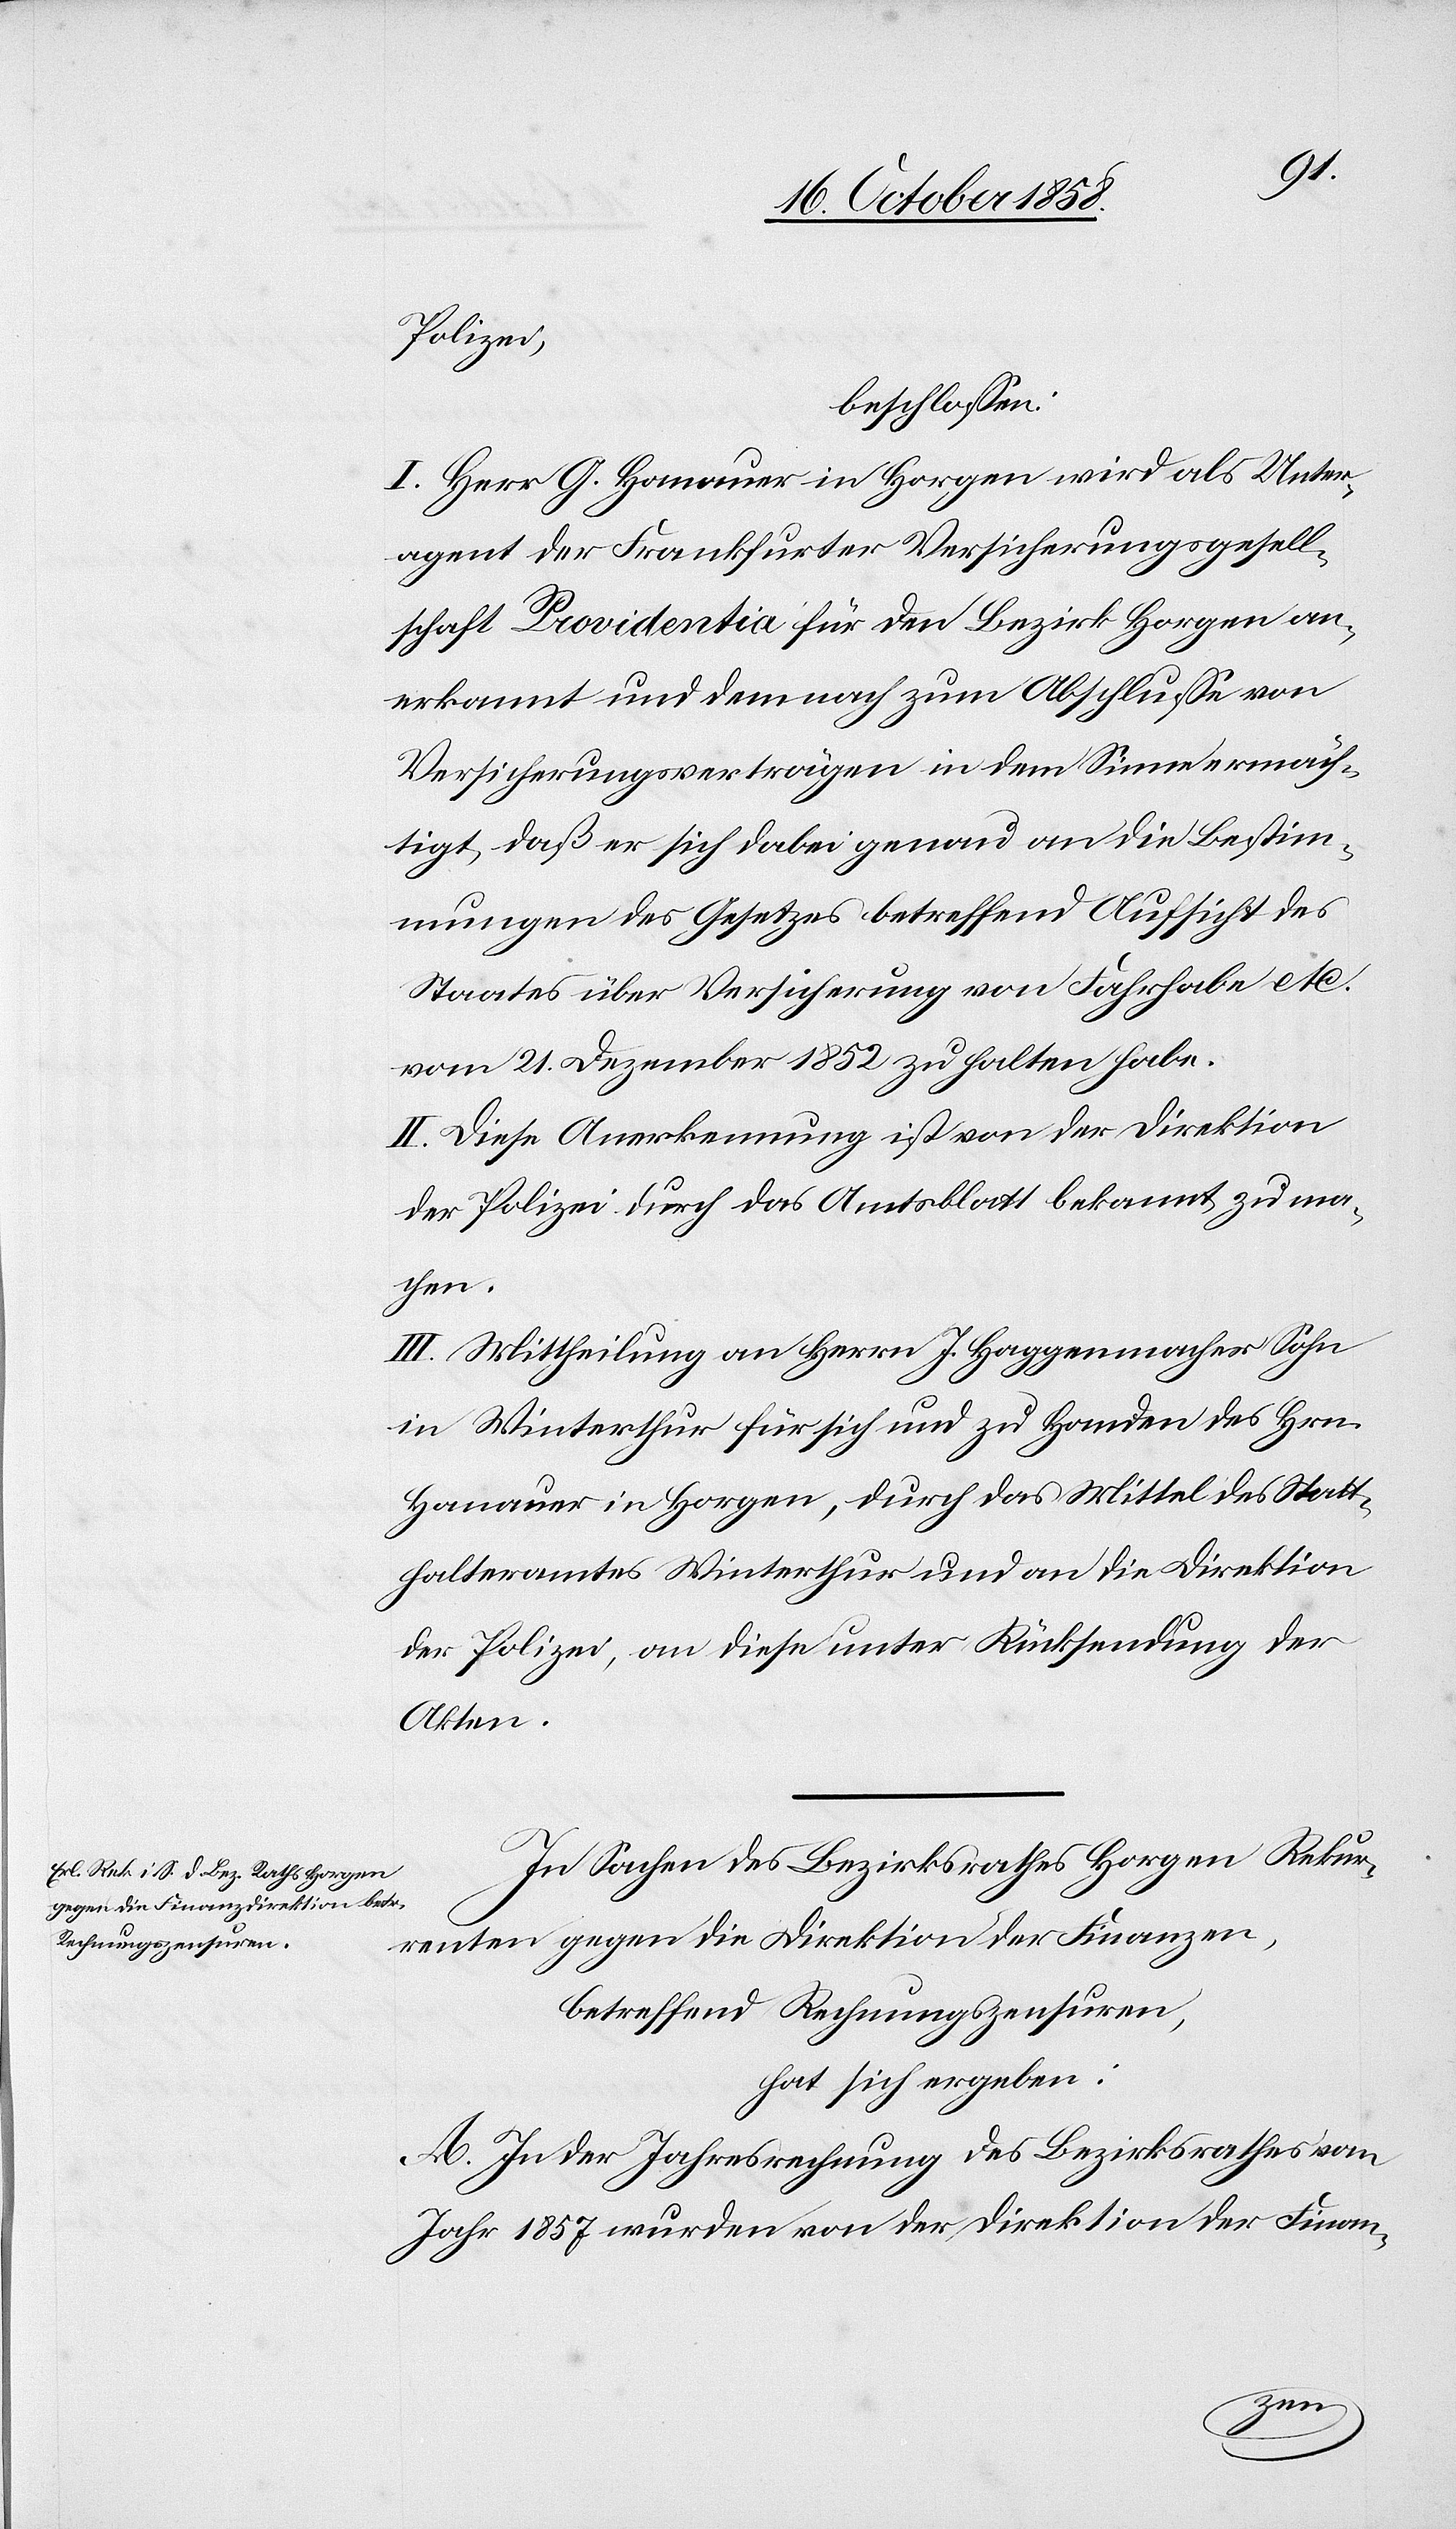
Polizei,
beschlossen:
I. Herr G. Hanauer in Horgen wird als Unter¬
agent der Frankfurter Versicherungsgesell¬
schaft Providentia für den Bezirk Horgen an¬
erkannt und demnach zum Abschlusse von
Versicherungsverträgen in dem Sinne ermäch¬
tigt, daß er sich dabei genau an die Bestim¬
mungen des Gesetzes betreffend Aufsicht des
Staates über Versicherung von Fahrhabe etc.
vom 21. Dezember 1852 zu halten habe.
II. Diese Anerkennung ist von der Direktion
der Polizei durch das Amtsblatt bekannt zu ma¬
chen.
III. Mittheilung an Herrn J. Haggenmacher Sohn
in Winterthur für sich und zu Handen des Hrn.
Hanauer in Horgen, durch das Mittel des Statt¬
halteramtes Winterthur und an die Direktion
der Polizei, an diese unter Rücksendung der
Akten.
In Sachen des Bezirksrathes Horgen Rekur¬
renten gegen die Direktion der Finanzen,
betreffend Rechnungszensuren,
hat sich ergeben:
A. In der Jahresrechnung des Bezirksrathes vom
Jahr 1857 wurden von der Direktion der Finan-